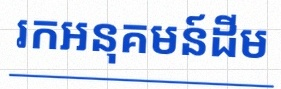
រកអនុគមន៍ដើម